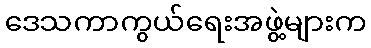
ဒေသကာကွယ်ရေးအဖွဲ့များက